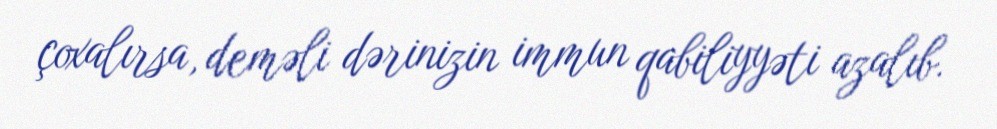
çoxalırsa, deməli dərinizin immun qabiliyyəti azalıb.